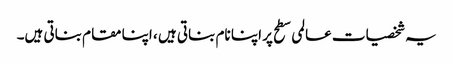
یہ شخصیات عالمی سطح پر اپنا نام بناتی ہیں ، اپنا مقام بناتی ہیں۔